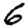
Digit: 6